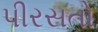
પીરસતો